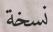
نسخة